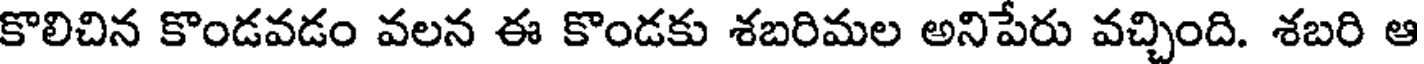
కొలిచిన కొండవడం వలన ఈ కొండకు శబరిమల అనిపేరు వచ్చింది. శబరి ఆ